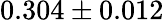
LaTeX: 0.304\pm 0.012